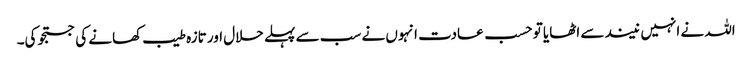
اللہ نے انہیں نیند سے اٹھایا تو حسب عادت انہوں نے سب سے پہلے حلال اور تازہ طیب کھانے کی جستجو کی۔